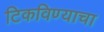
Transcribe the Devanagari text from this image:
टिकविण्याचा